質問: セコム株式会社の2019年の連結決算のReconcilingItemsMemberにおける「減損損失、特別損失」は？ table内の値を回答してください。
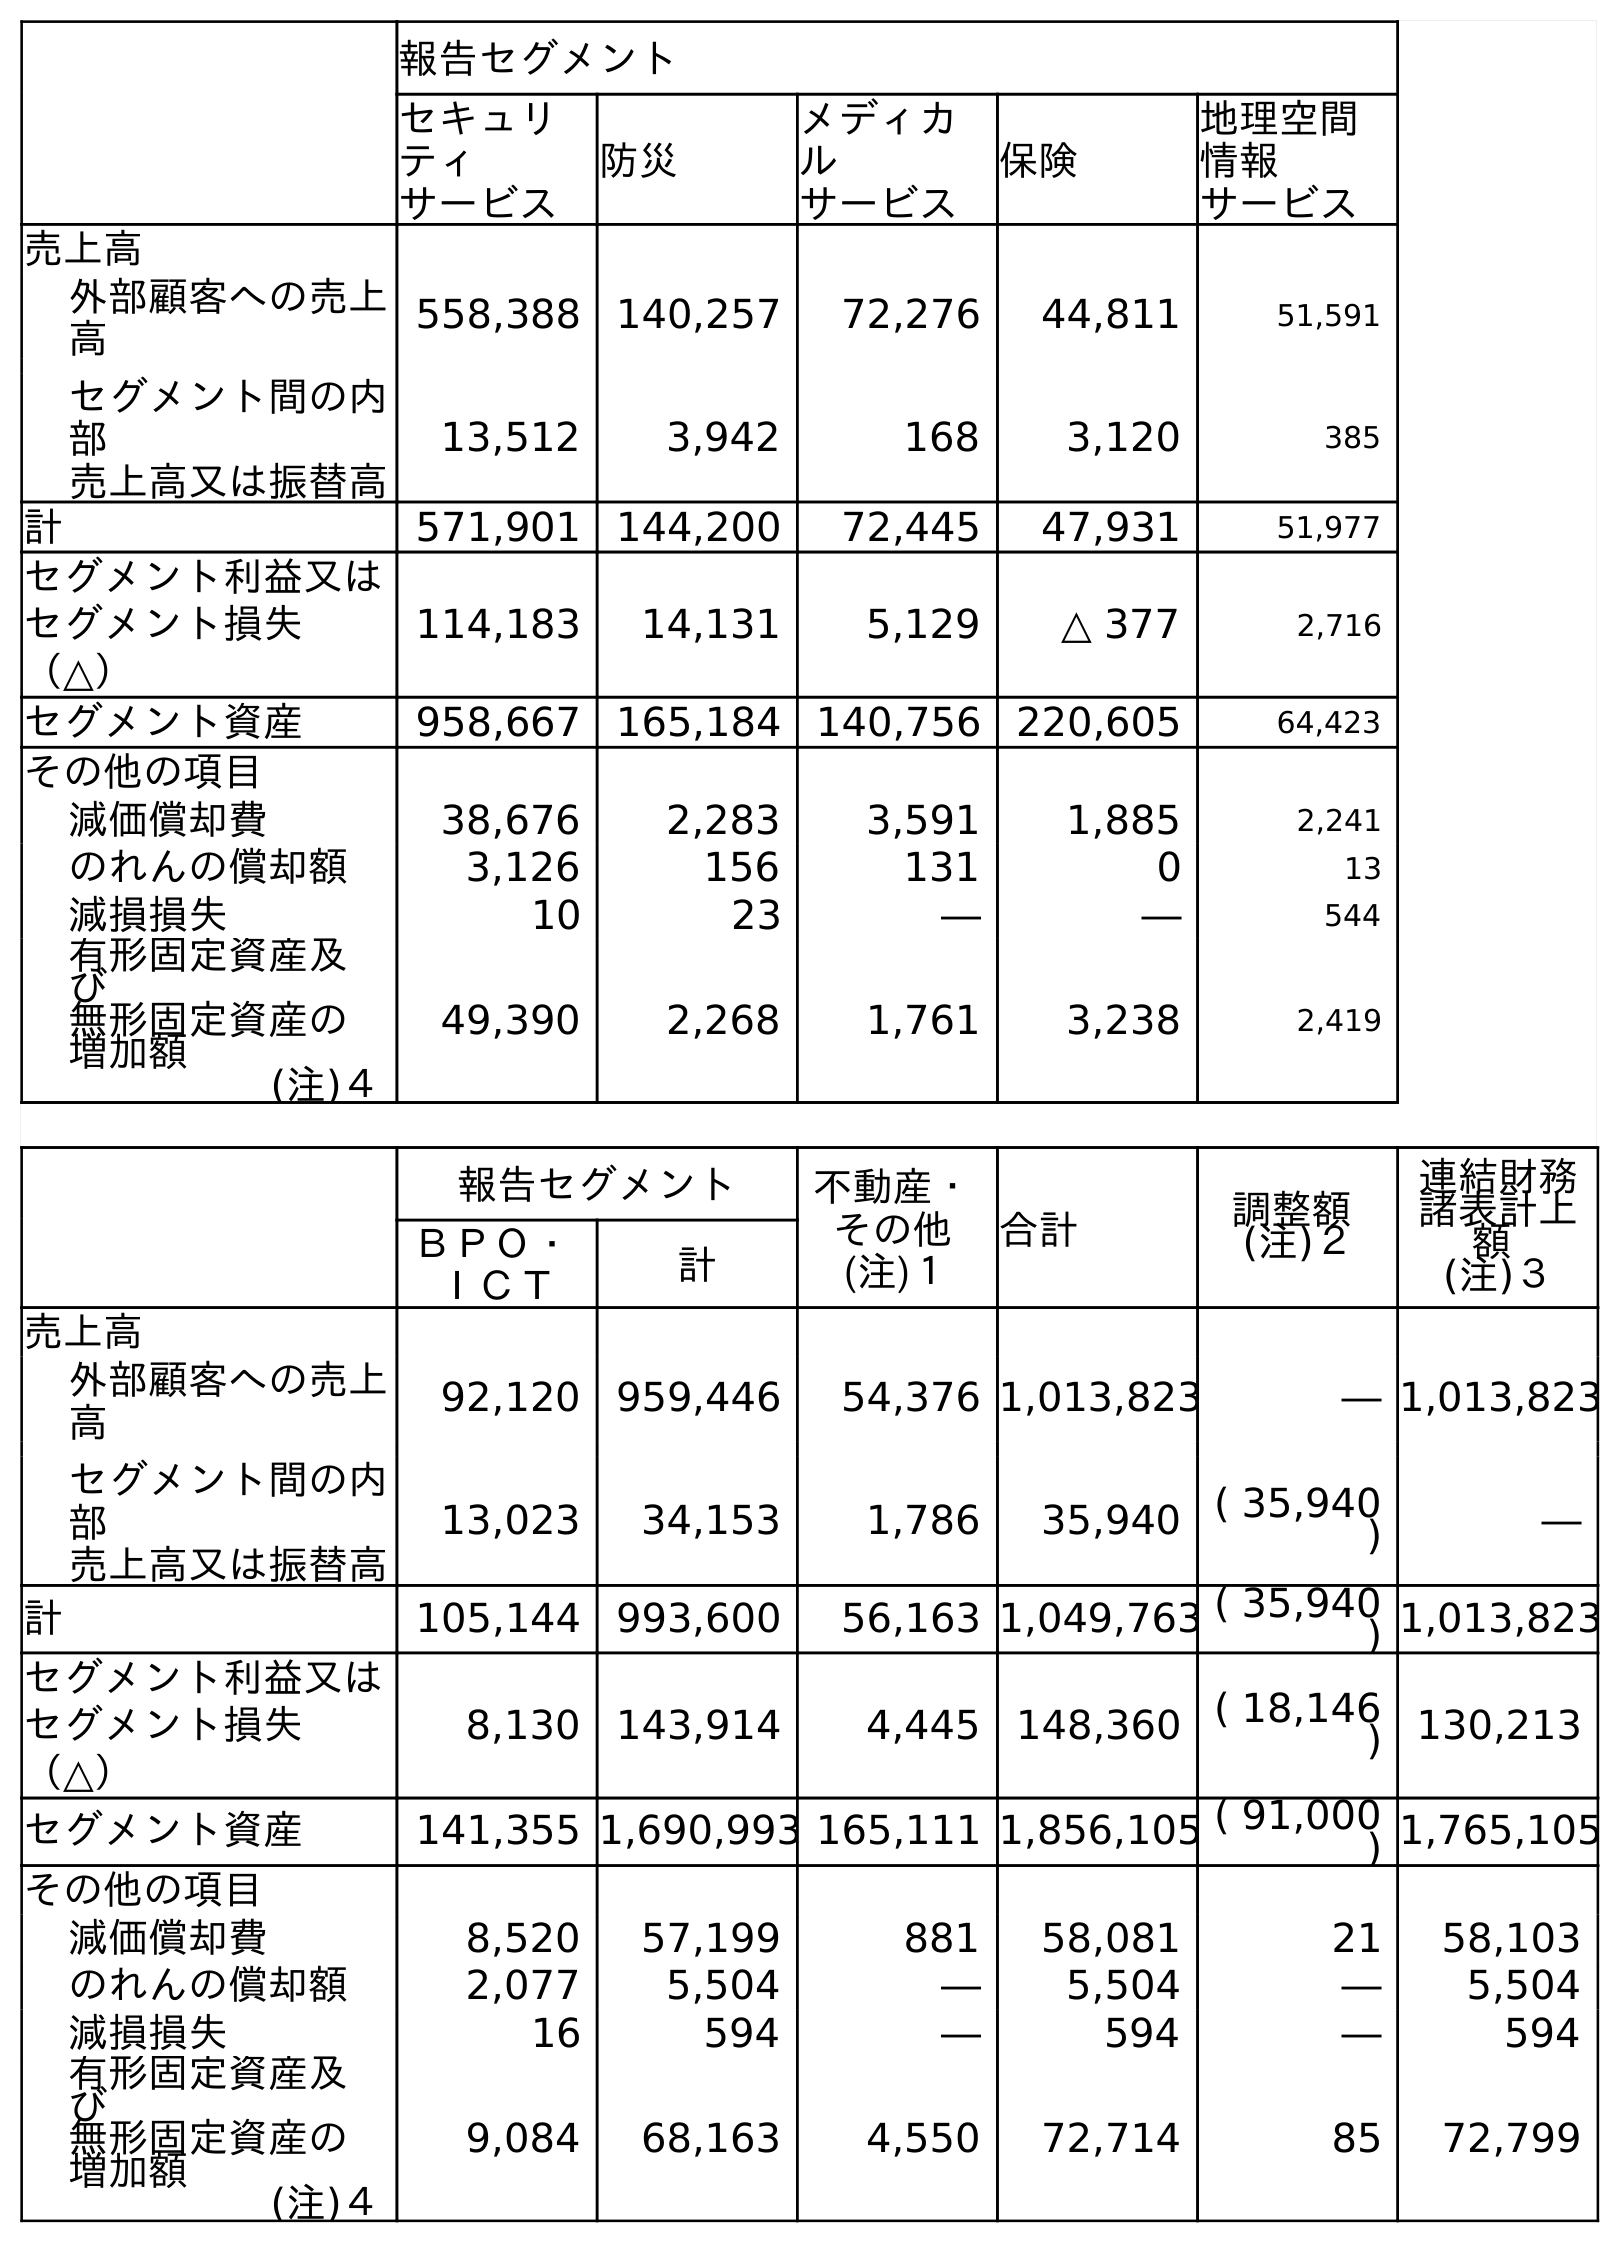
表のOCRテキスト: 報告セグメント セキュリ ティ サービス 防災 メディカ ル サービス 保険 地理空間 情報 サービス 売上高 外部顧客への売上 高 558,388 140,257 72,276 44,811 51,591 セグメント間の内 部 売上高又は振替高 13,512 3,942 168 3,120 385 計 571,901 144,200 72,445 47,931 51,977 セグメント利益又は セグメント損失 （△） 114,183 14,131 5,129 △ 377 2,716 セグメント資産 958,667 165,184 140,756 220,605 64,423 その他の項目 減価償却費 38,676 2,283 3,591 1,885 2,241 のれんの償却額 3,126 156 131 0 13 減損損失 10 23 ― ― 544 有形固定資産及 び 無形固定資産の 増加額 (注)４ 49,390 2,268 1,761 3,238 2,419 報告セグメント 不動産・ その他 (注)１ 合計 調整額 (注)２ 連結財務 諸表計上 額 (注)３ ＢＰＯ・ ＩＣＴ 計 売上高 外部顧客への売上 高 92,120 959,446 54,376 1,013,823 ― 1,013,823 セグメント間の内 部 売上高又は振替高 13,023 34,153 1,786 35,940 ( 35,940 ) ― 計 105,144 993,600 56,163 1,049,763 ( 35,940 ) 1,013,823 セグメント利益又は セグメント損失 （△） 8,130 143,914 4,445 148,360 ( 18,146 ) 130,213 セグメント資産 141,355 1,690,993 165,111 1,856,105 ( 91,000 ) 1,765,105 その他の項目 減価償却費 8,520 57,199 881 58,081 21 58,103 のれんの償却額 2,077 5,504 ― 5,504 ― 5,504 減損損失 16 594 ― 594 ― 594 有形固定資産及 び 無形固定資産の 増加額 (注)４ 9,084 68,163 4,550 72,714 85 72,799
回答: ―